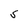
Character: S